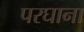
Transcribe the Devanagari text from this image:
परघाना